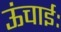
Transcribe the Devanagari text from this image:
ऊंचाईः